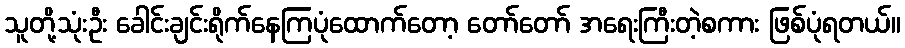
သူတို့သုံးဦး ခေါင်းချင်းရိုက်နေကြပုံထောက်တော့ တော်တော် အရေးကြီးတဲ့စကား ဖြစ်ပုံရတယ်။